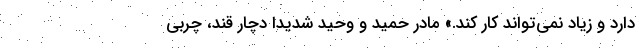
دارد و زیاد نمی‌تواند کار کند.» مادر حمید و وحید شدیدا دچار قند، چربی